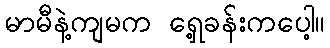
မာမီနဲ့ကျမက ရှေ့ခန်းကပေါ့။